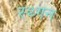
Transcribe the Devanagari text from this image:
स्थ्गन